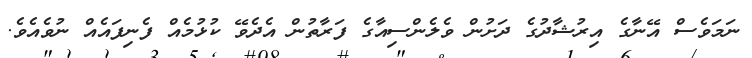
ނަމަވެސް އޭނާގެ އިރުޝާދުގެ ދަށުން ވެލެންސިއާގެ ފަރާތުން އެދެވޭ ކުޅުމެއް ފެނިފައެއް ނުވެއެވެ.